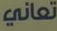
تعاني